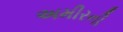
અમીરની